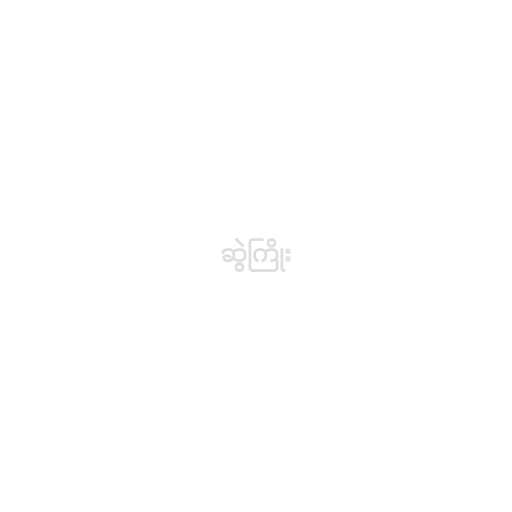
ဆွဲကြိုး